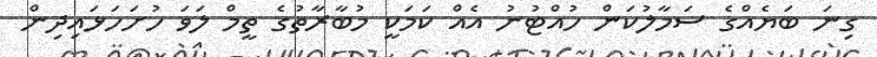
ގިނަ ބަޔެއްގެ ސަމާލުކަން ހުއްޓުނު އެއް ކަމަކީ މުބާރާތުގެ ތީމް ލަވަ ހުށަހަޅައިދިން